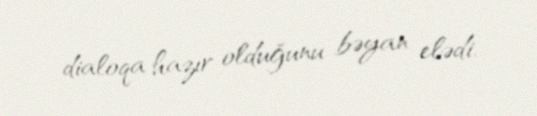
dialoqa hazır olduğunu bəyan elədi.